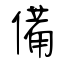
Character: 備